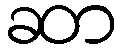
ဆာ